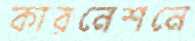
কারনেশনে